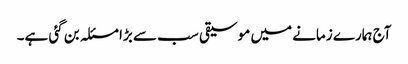
آج ہمارے زمانے میں موسیقی سب سے بڑا مسئلہ بن گئی ہے۔